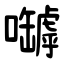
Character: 嚹